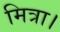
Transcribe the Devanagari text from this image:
मित्रा।